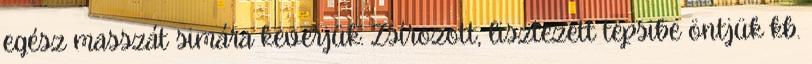
egész masszát simára keverjük. Zsírozott, lisztezett tepsibe öntjük kb.